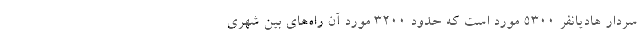
سردار هادیانفر ۵۳۰۰ مورد است که حدود ۳۲۰۰ مورد آن راه‌های بین شهری